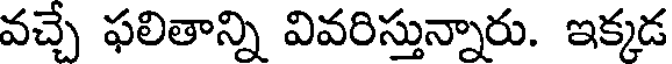
వచ్చే ఫలితాన్ని వివరిస్తున్నారు. ఇక్కడ